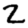
Digit: 2